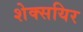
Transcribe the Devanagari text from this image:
शेक्सयिर